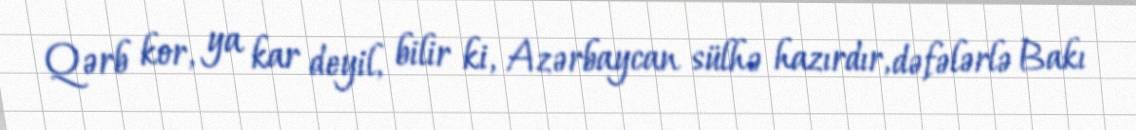
Qərb kor, ya kar deyil, bilir ki, Azərbaycan sülhə hazırdır, dəfələrlə Bakı